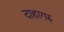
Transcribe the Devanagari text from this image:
दाहागरु